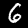
Label: 6